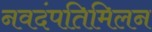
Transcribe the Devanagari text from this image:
नवदंपतिमिलन